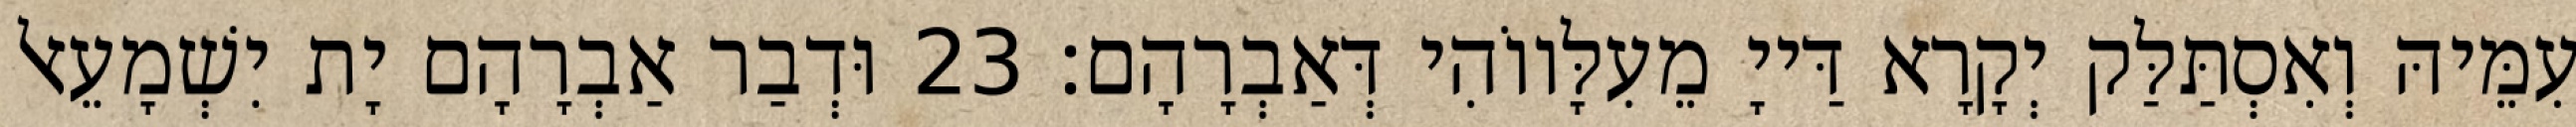
עִמֵּיהּ וְאִסְתַּלַּק יְקָרָא דַּייָ מֵעִלָּווֹהִי דְּאַבְרָהָם׃ 23 וּדְבַר אַבְרָהָם יָת יִשְׁמָעֵאל